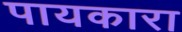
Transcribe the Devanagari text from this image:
पायकारा